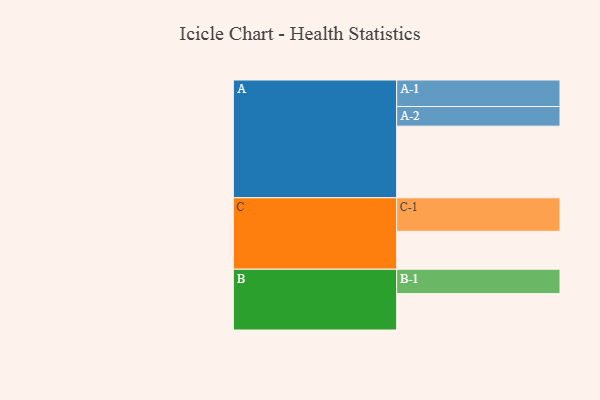
{"axis": {"x": "Segment", "y": "Value"}, "legend": ["", "A", "B", "C"], "data": [{"x": "A", "y": 594, "type": ""}, {"x": "B", "y": 302, "type": ""}, {"x": "C", "y": 315, "type": ""}, {"x": "A-1", "y": 220, "type": "A"}, {"x": "A-2", "y": 163, "type": "A"}, {"x": "B-1", "y": 202, "type": "B"}, {"x": "C-1", "y": 278, "type": "C"}]}